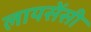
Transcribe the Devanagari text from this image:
लायसेंसी